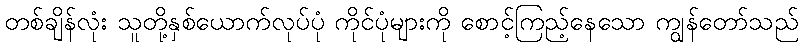
တစ်ချိန်လုံး သူတို့နှစ်ယောက်လုပ်ပုံ ကိုင်ပုံများကို စောင့်ကြည့်နေသော ကျွန်တော်သည်